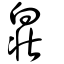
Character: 𤽸